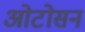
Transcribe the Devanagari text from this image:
ओटोसन